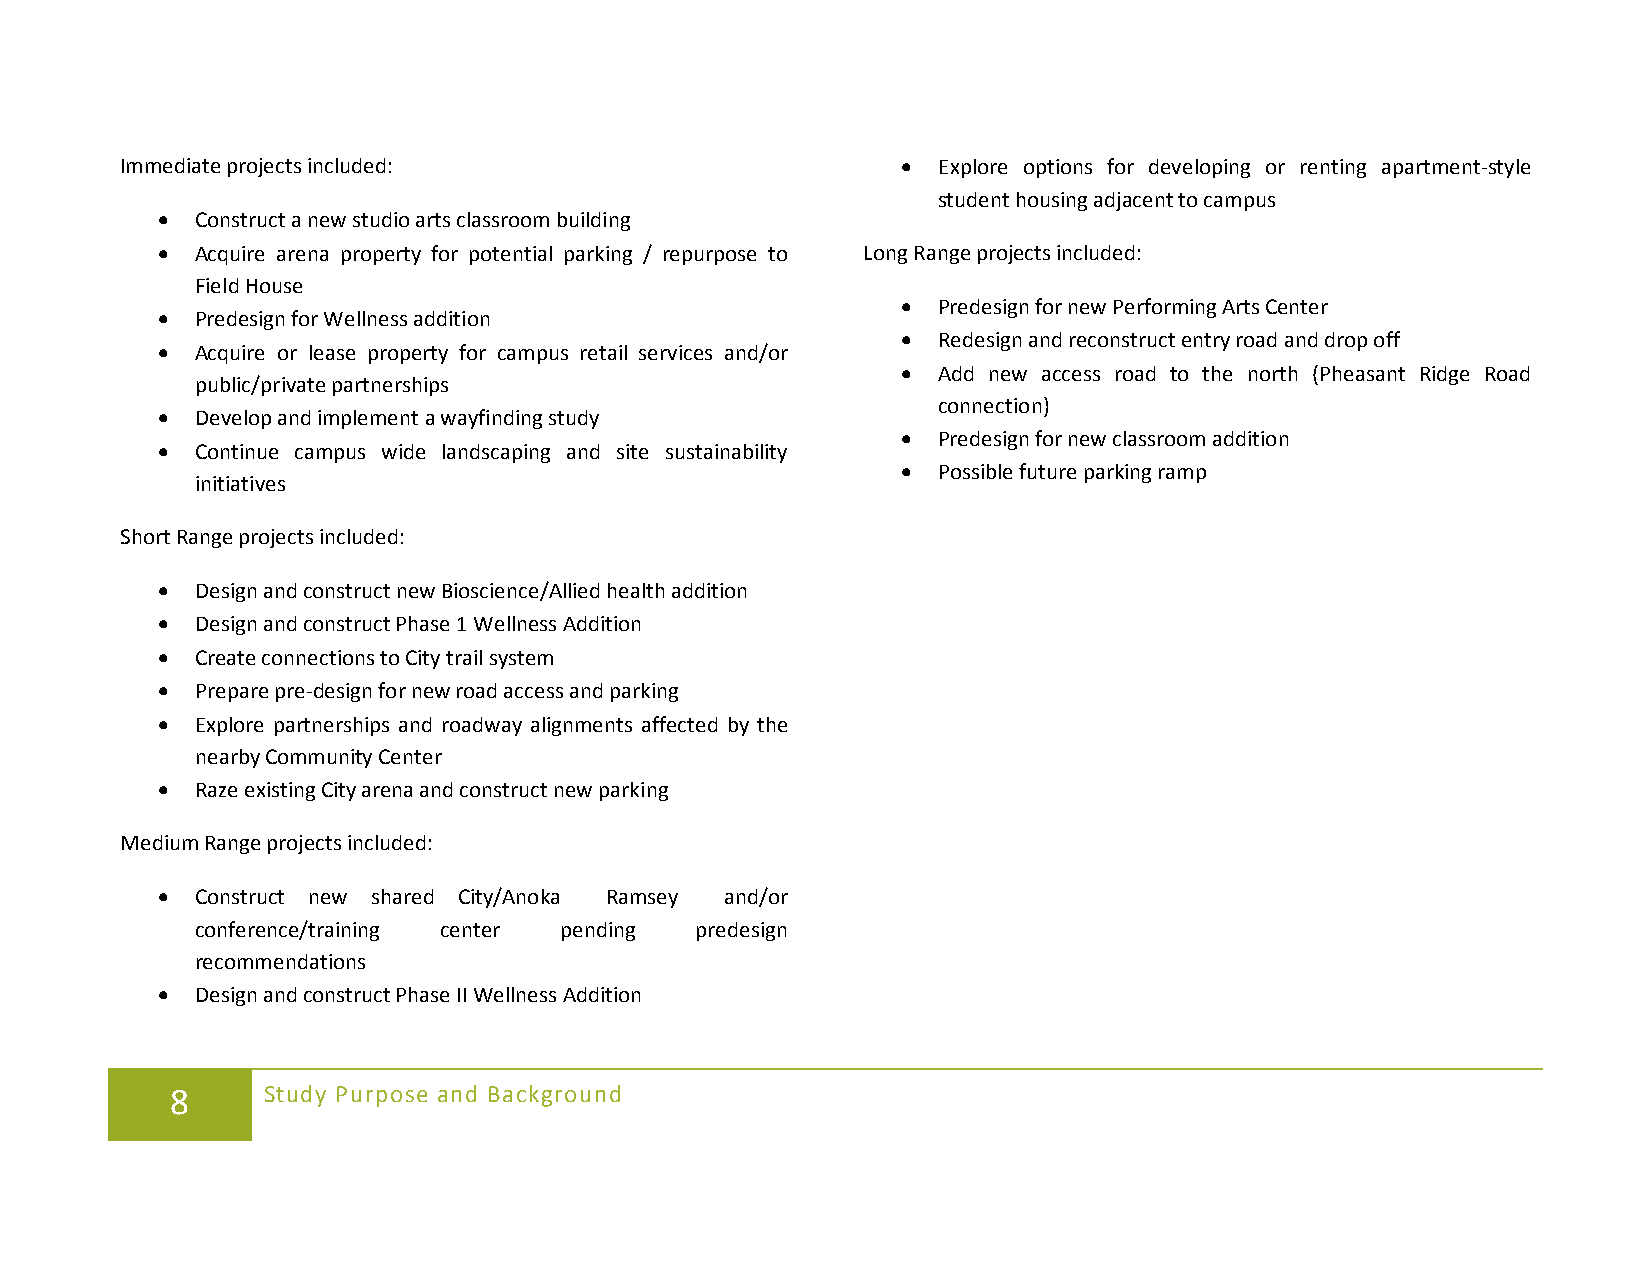
Immediate projects included:                        • Explore options for developing or renting apartment-style
 student housing adjacent to campus
 •  Construct a new studio arts classroom building
 •  Acquire arena property for potential parking / repurpose to Long Range projects included:
 Field House
 • Predesign for new Performing Arts Center
 •  Predesign for Wellness addition
 • Redesign and reconstruct entry road and drop off
 •  Acquire or lease property for campus retail services and/or
 • Add new access road to the north (Pheasant Ridge Road
 public/private partnerships
 connection)
 •  Develop and implement a wayfinding study
 • Predesign for new classroom addition
 •  Continue campus wide landscaping and site sustainability
 • Possible future parking ramp
 initiatives
 Short Range projects included:
 •  Design and construct new Bioscience/Allied health addition
 •  Design and construct Phase 1 Wellness Addition
 •  Create connections to City trail system
 •  Prepare pre-design for new road access and parking
 •  Explore partnerships and roadway alignments affected by the
 nearby Community Center
 •  Raze existing City arena and construct new parking
 Medium Range projects included:
 •  Construct new shared City/Anoka Ramsey and/or
 conference/training center pending predesign
 recommendations
 •  Design and construct Phase II Wellness Addition
 8     Study Purpose and Background